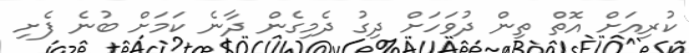
ކުރިއަށް އޮތް ތިން ދުވަހަށް ދިގު ދެމިގެން ދާނެ ކަމަށް ބުނެ ފެށި